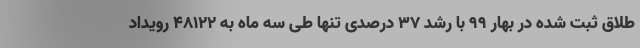
طلاق ثبت شده در بهار ۹۹ با رشد ۳۷ درصدی تنها طی سه ماه به ۴۸۱۲۲ رویداد